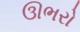
ઊભરો